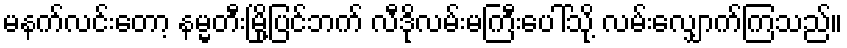
မနက်လင်းတော့ နမ္မတီးမြို့ပြင်ဘက် လီဒိုလမ်းမကြီးပေါ်သို့ လမ်းလျှောက်ကြသည်။